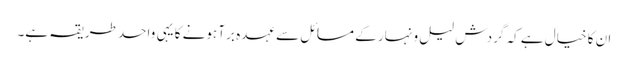
ان کا خیال ہے کہ گردش لیل و نہار کے مسائل سے عہدہ برآ ہونے کا یہی واحد طریقہ ہے۔